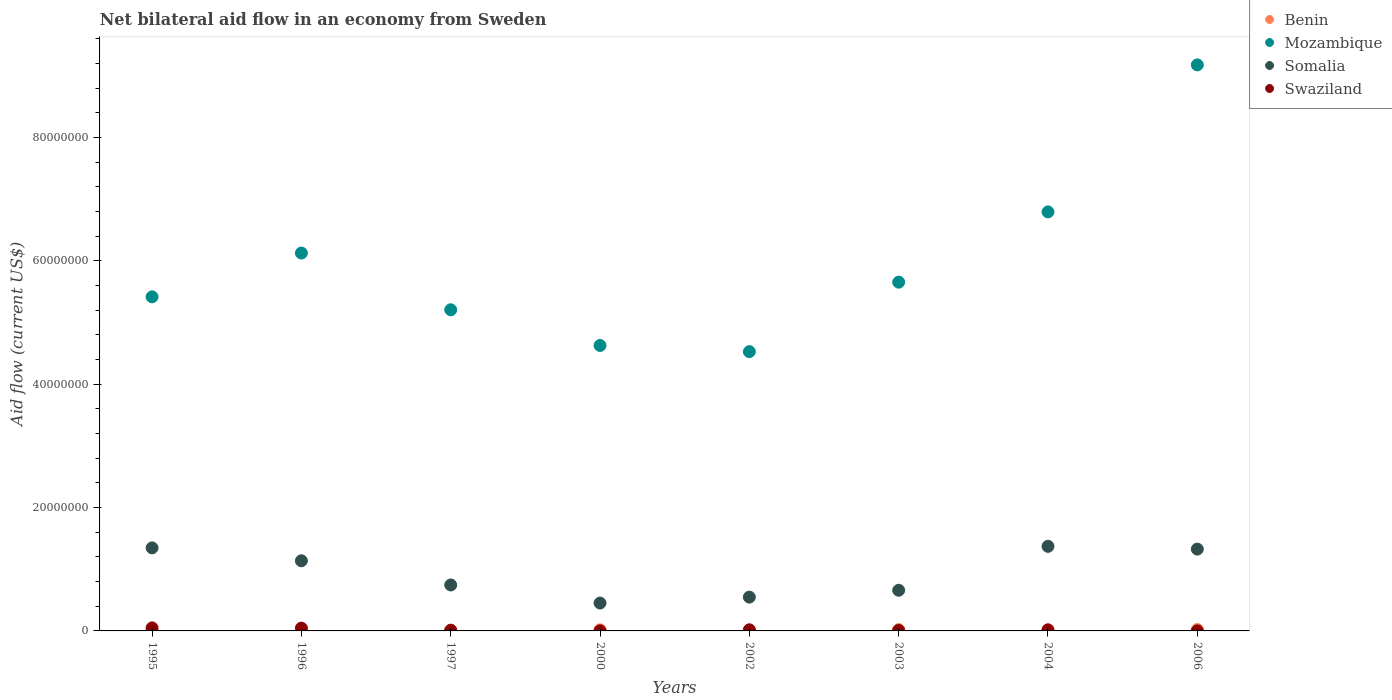
| Years | Benin | Mozambique | Somalia | Swaziland |
 | --- | --- | --- | --- | --- |
 | 1995 | 5e+04 | 5.42e+07 | 1.35e+07 | 4.9e+05 |
 | 1996 | 1e+04 | 6.12e+07 | 1.14e+07 | 4.5e+05 |
 | 1997 | 1e+04 | 5.20e+07 | 7.45e+06 | 1.2e+05 |
 | 2000 | 1.8e+05 | 4.63e+07 | 4.52e+06 | 2e+04 |
 | 2002 | 9e+04 | 4.53e+07 | 5.48e+06 | 1.8e+05 |
 | 2003 | 2.2e+05 | 5.65e+07 | 6.59e+06 | 7e+04 |
 | 2004 | 9e+04 | 6.79e+07 | 1.37e+07 | 1.8e+05 |
 | 2006 | 2.3e+05 | 9.18e+07 | 1.33e+07 | 1e+04 |